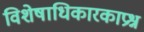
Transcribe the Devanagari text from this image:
विशेषाधिकारकाप्रश्न